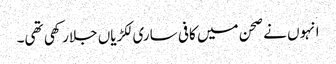
انہوں نے صحن میں کافی ساری لکڑیاں جلارکھی تھی۔